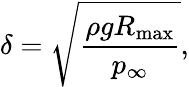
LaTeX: \delta=\sqrt{\frac{\rho gR_{\mathrm{{max}}}}{p_{\infty}}},